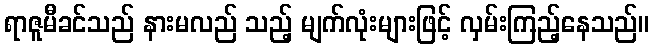
ရာဇူမီခင်သည် နားမလည် သည့် မျက်လုံးများဖြင့် လှမ်းကြည့်နေသည်။